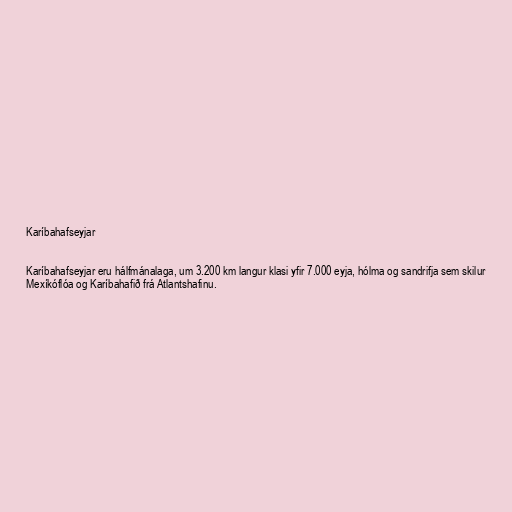
Karíbahafseyjar

Karíbahafseyjar eru hálfmánalaga, um 3.200 km langur klasi yfir 7.000 eyja, hólma og sandrifja sem skilur
Mexíkóflóa og Karíbahafið frá Atlantshafinu.